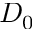
D _ { 0 }